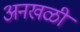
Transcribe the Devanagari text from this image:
अनखळी